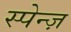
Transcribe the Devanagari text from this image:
स्पेन्ज़